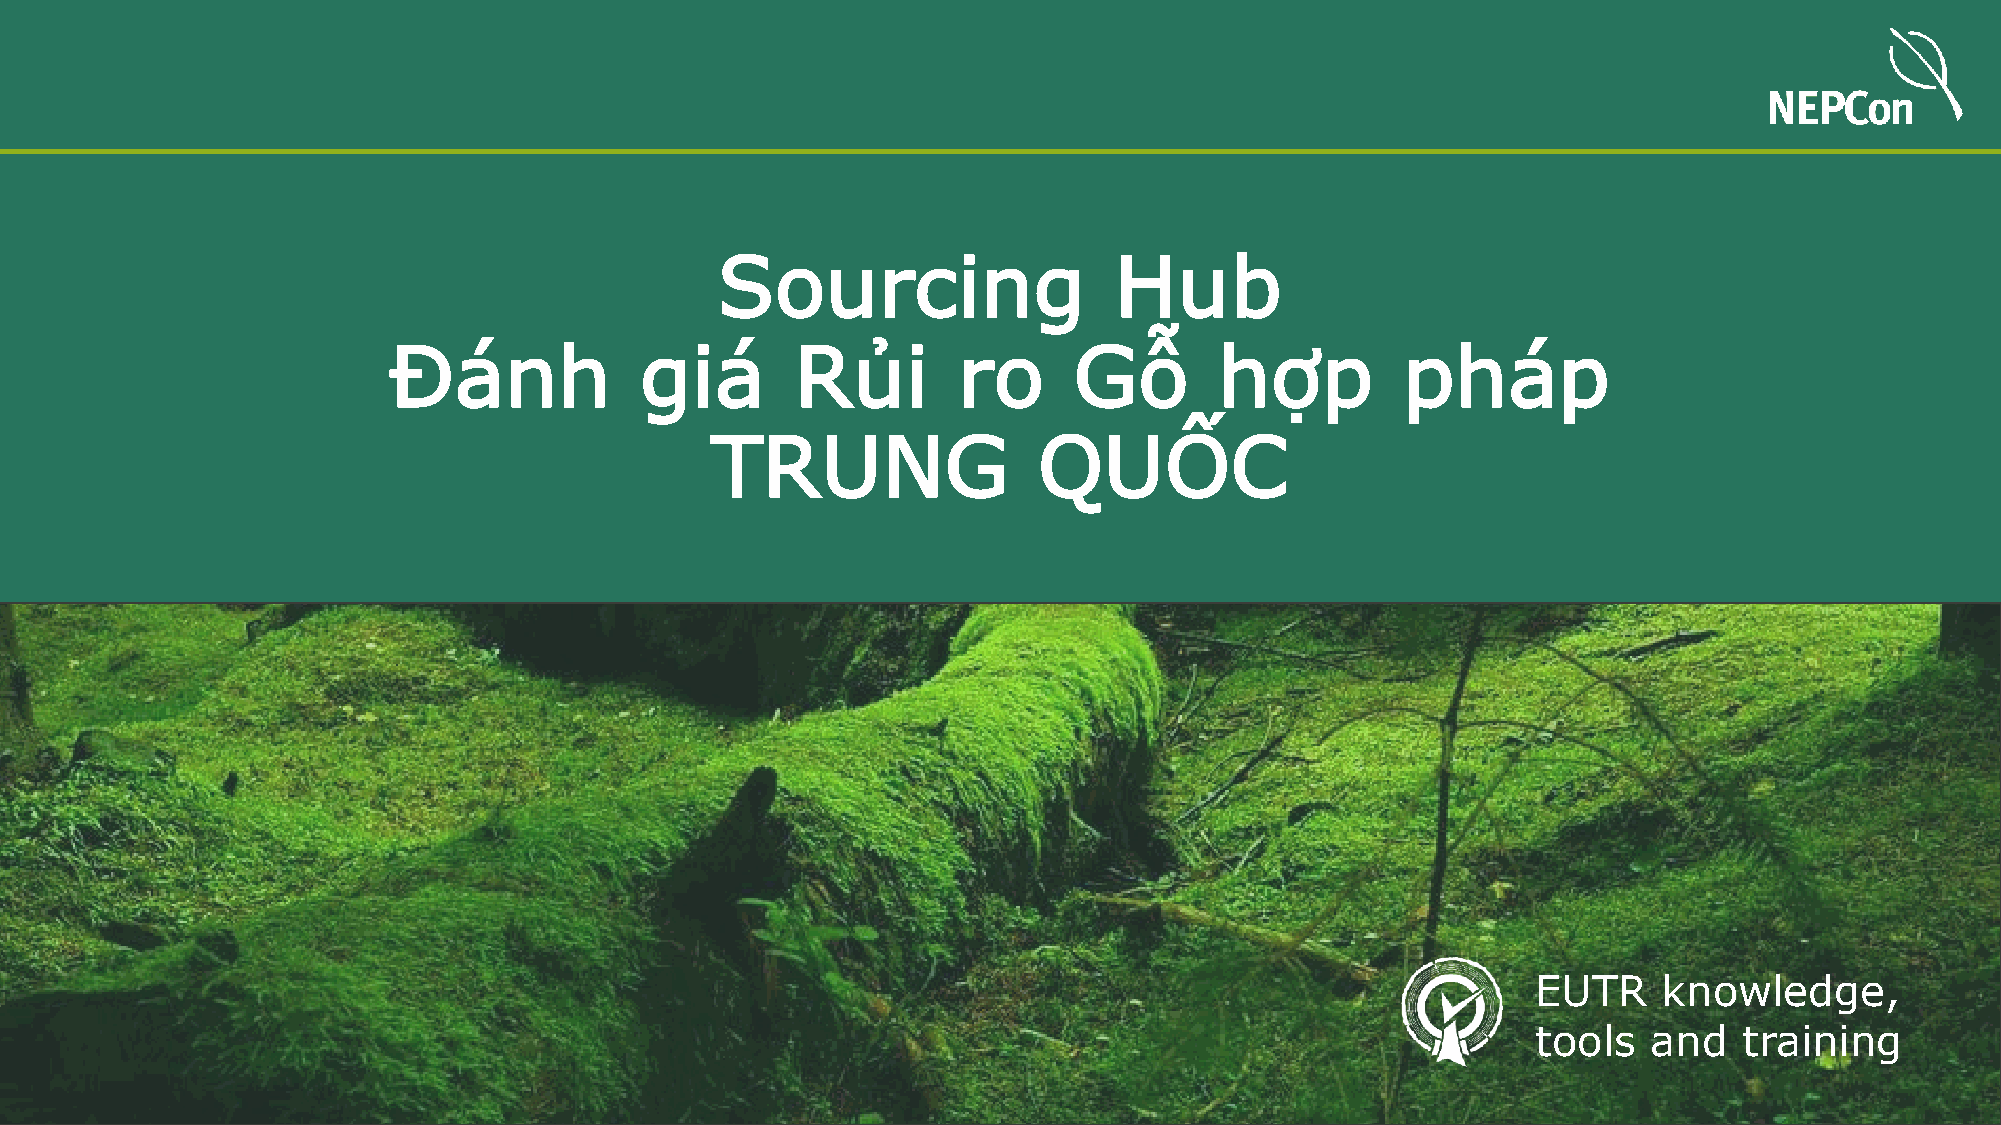
Sourcing                   Hub
 Đánh            giá        Rủi       ro      Gỗ        hợp         pháp
 TRUNG                 QUỐC
 EUTR    knowledge,
 tools  and   training